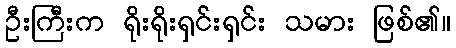
ဦးကြီးက ရိုးရိုးရှင်းရှင်း သမား ဖြစ်၏။